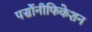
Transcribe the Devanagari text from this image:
पर्सोनीफिकेशन